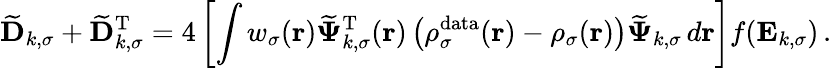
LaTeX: \mathbf{\widetilde{D}}_{k,\sigma}+\mathbf{\widetilde{D}}_{k,\sigma}^{\mathrm{T}}=4\left[\int w_{\sigma}(\boldsymbol{\textbf{r}})\boldsymbol{\widetilde{\Psi}}_{k,\sigma}^{\mathrm{T}}(\boldsymbol{\textbf{r}})\left(\rho_{\sigma}^{\mathrm{data}}(\boldsymbol{\textbf{r}})-\rho_{\sigma}(\boldsymbol{\textbf{r}})\right)\boldsymbol{\widetilde{\Psi}}_{k,\sigma}\, d\boldsymbol{\textbf{r}}\right]f(\mathbf{E}_{k,\sigma})\, .